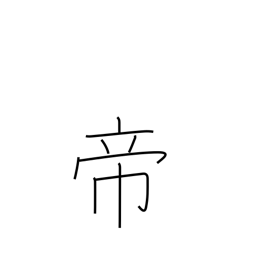
Meaning: sovereign